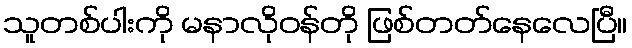
သူတစ်ပါးကို မနာလိုဝန်တို ဖြစ်တတ်နေလေပြီ။